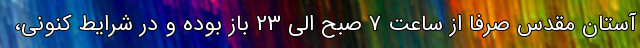
آستان مقدّس صرفاً از ساعت 7 صبح الی 23 باز بوده و در شرایط کنونی،